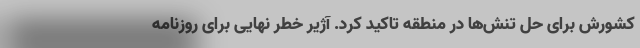
کشورش برای حل تنش‌ها در منطقه تاکید کرد. آژیر خطر نهایی برای روزنامه